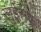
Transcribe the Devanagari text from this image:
लुईसफ